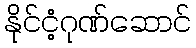
နိုင်ငံ့ဂုဏ်ဆောင်